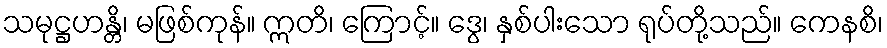
သမုဋ္ဌဟန္တိ၊ မဖြစ်ကုန်။ ဣတိ၊ ကြောင့်။ ဒွေ၊ နှစ်ပါးသော ရုပ်တို့သည်။ ကေနစိ၊